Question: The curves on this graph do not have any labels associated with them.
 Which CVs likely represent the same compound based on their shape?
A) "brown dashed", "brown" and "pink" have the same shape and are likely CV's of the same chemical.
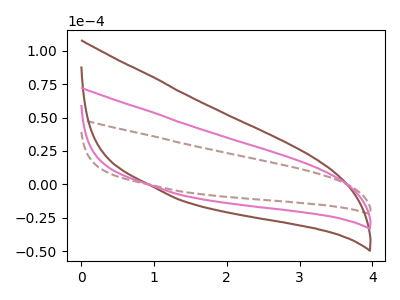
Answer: <think>The brown dashed curve "brown dashed" has no peaks. The brown curve "brown" has no peaks. The pink curve "pink" has no peaks.
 Neither "brown dashed" or "brown" have any peaks. Neither "brown dashed" or "pink" have any peaks. Neither "brown" or "pink" have any peaks.</think>
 <answer>A) "brown dashed", "brown" and "pink" have the same shape and are likely CV's of the same chemical.</answer>
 <eval>A</eval>